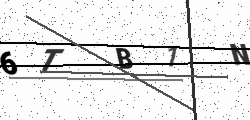
Text: 6TB1N